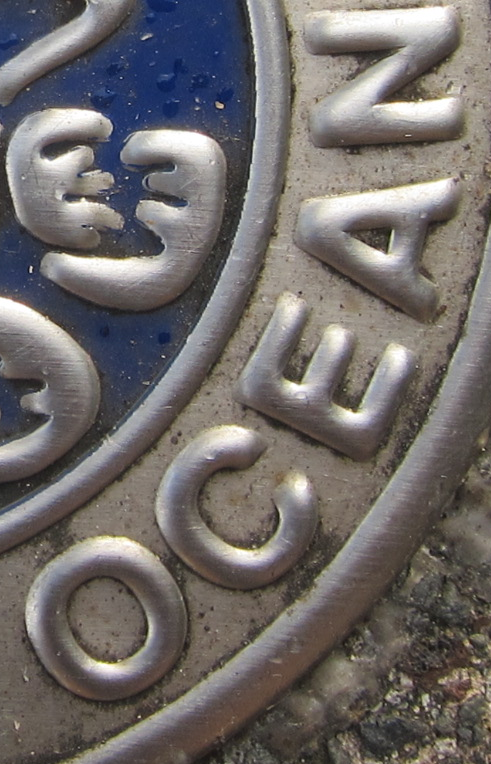
OCEAN